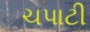
ચપાટી